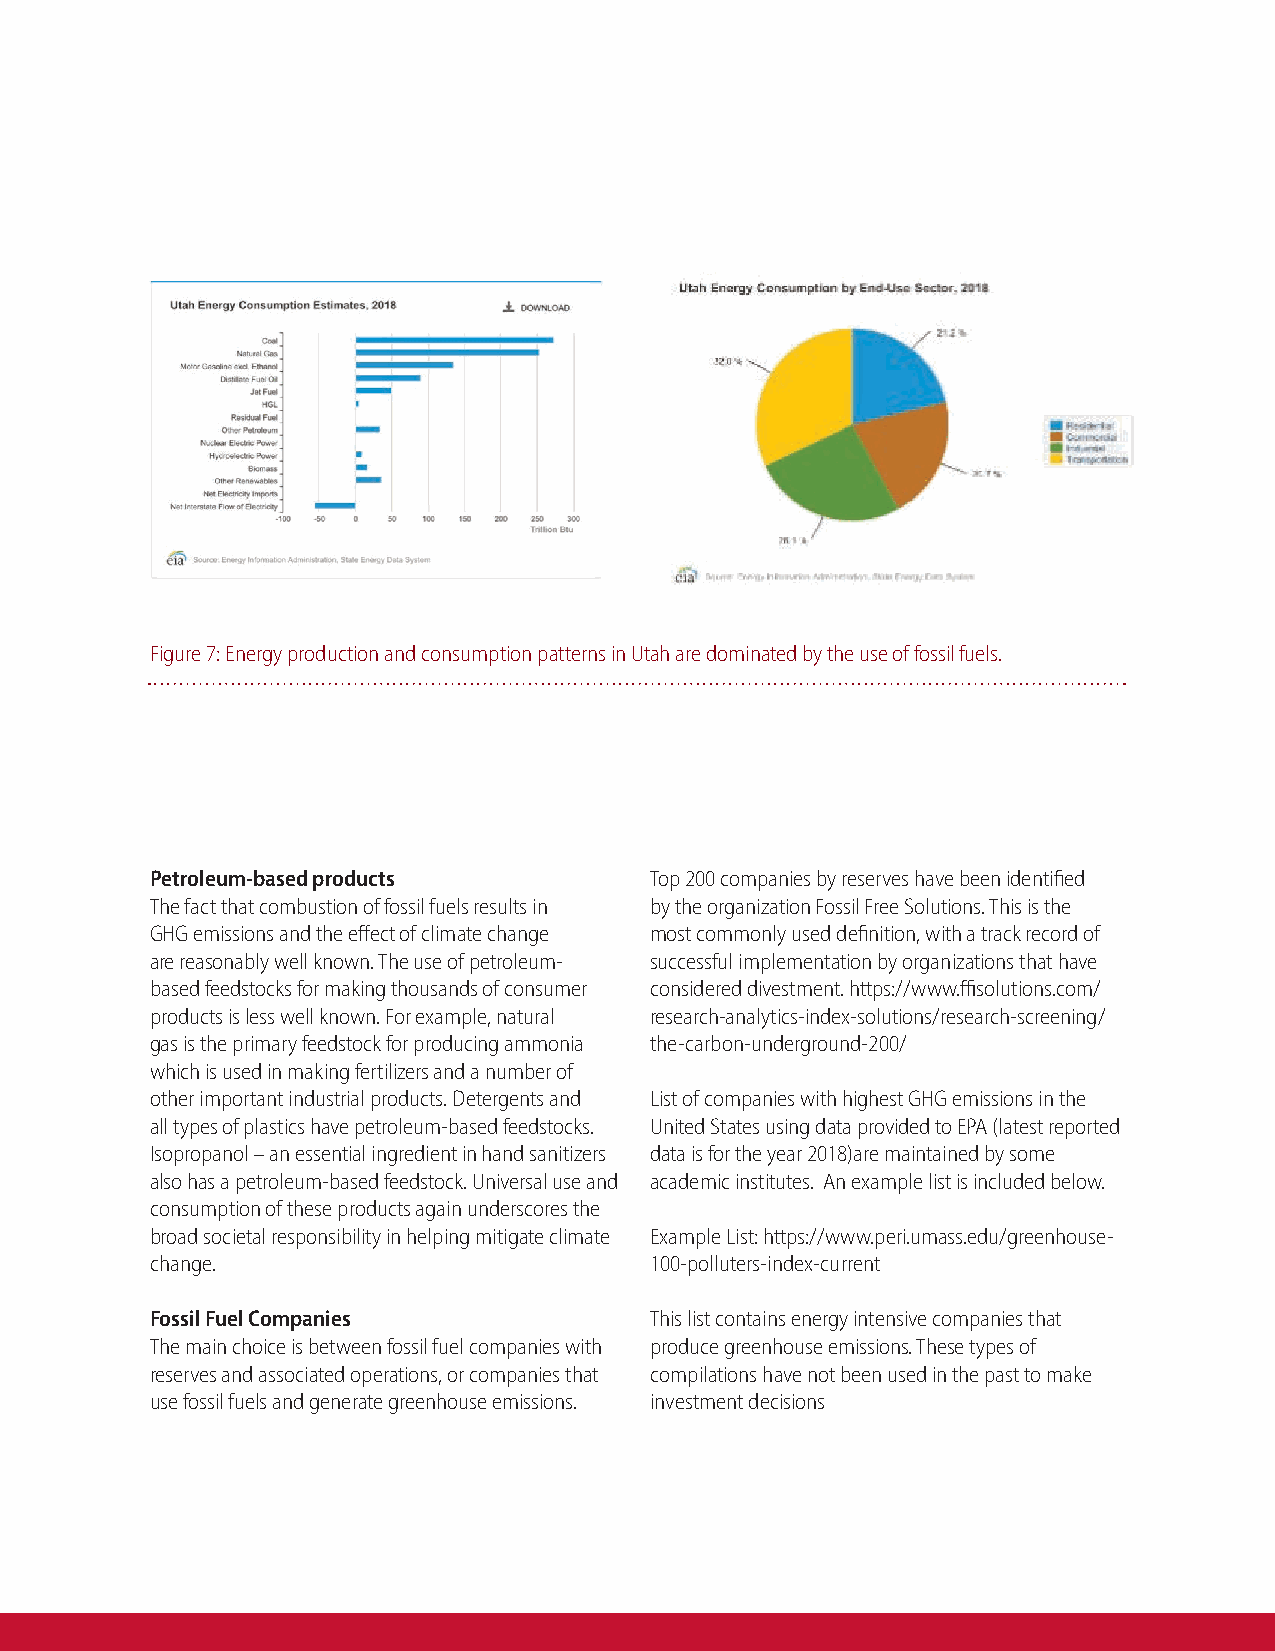
Figure 7: Energy production and consumption patterns in Utah are dominated by the use of fossil fuels.
 Petroleum-based products         Top 200 companies by reserves have been identified
 The fact that combustion of fossil fuels results in by the organization Fossil Free Solutions. This is the
 GHG emissions and the effect of climate change most commonly used definition, with a track record of
 are reasonably well known. The use of petroleum- successful implementation by organizations that have
 based feedstocks for making thousands of consumer considered divestment. https://www.ffisolutions.com/
 products is less well known. For example, natural research-analytics-index-solutions/research-screening/
 gas is the primary feedstock for producing ammonia the-carbon-underground-200/
 which is used in making fertilizers and a number of
 other important industrial products. Detergents and List of companies with highest GHG emissions in the
 all types of plastics have petroleum-based feedstocks. United States using data provided to EPA (latest reported
 Isopropanol – an essential ingredient in hand sanitizers data is for the year 2018)are maintained by some
 also has a petroleum-based feedstock. Universal use and academic institutes. An example list is included below.
 consumption of these products again underscores the
 broad societal responsibility in helping mitigate climate Example List: https://www.peri.umass.edu/greenhouse-
 change.                          100-polluters-index-current
 Fossil Fuel Companies            This list contains energy intensive companies that
 The main choice is between fossil fuel companies with produce greenhouse emissions. These types of
 reserves and associated operations, or companies that compilations have not been used in the past to make
 use fossil fuels and generate greenhouse emissions. investment decisions